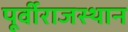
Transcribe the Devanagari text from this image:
पूर्वीराजस्थान